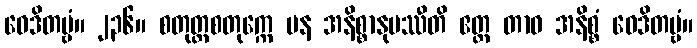
ဝေဒိတဗ္ဗံ။ ၂၃၆။ စတုတ္ထစတုက္ကေ ပန အနိစ္စာနုပဿီတိ ဧတ္ထ တာဝ အနိစ္စံ ဝေဒိတဗ္ဗံ။